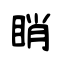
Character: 睄